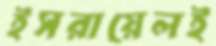
ইসরায়েলই